Leaving Certificate Examination, 1905
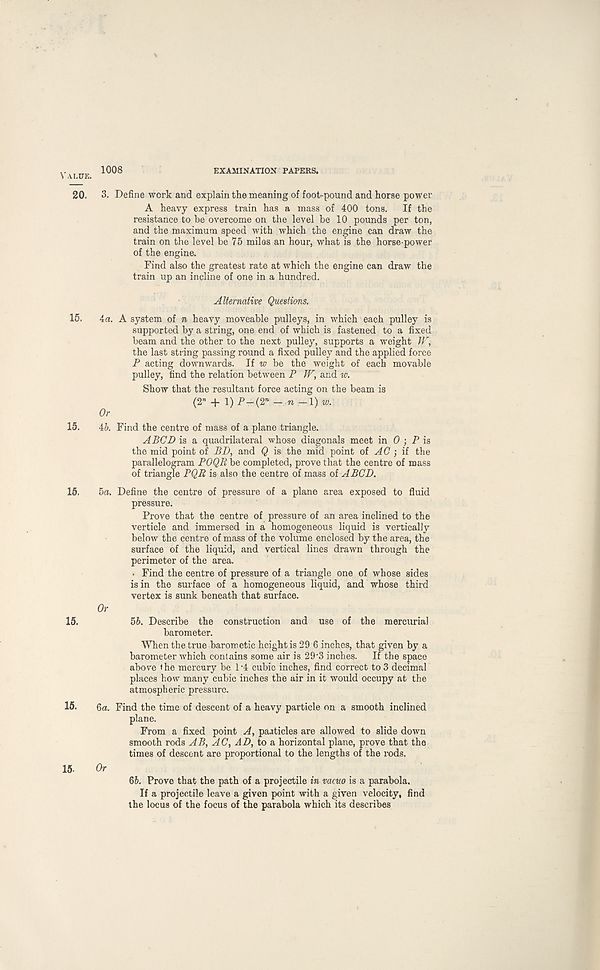
Value.
20.
15.
15.
15.
15.
15.
15.
1008
EXAMINATION PAPERS.
3. Define work and explain the meaning of foot-pound and horse power
A heavy express train has a mass of 400 tons. If the
resistance to be overcome on the level be 10 pounds per ton,
and the maximum speed with which the engine can draw the
train on the level be 75 miles an hour, what is the horse power
of the engine.
Find also the greatest rate at which the engine can draw the
train up an incline of one in a hundred.
Alternative Questions.
4a. A system of n heavy moveable pulleys, in which each pulley is
supported by a string, one end of which is fastened to a fixed
beam and the other to the next pulley, supports a weight W,
the last string passing round a fixed pulley and the applied force
P acting downwards. If w be the weight of each movable
pulley, find the relation between P W, and w.
Show that the resultant force acting on the beam is
(2» + l)P-(2»- «-!)«;.
Or
4b. Find the centre of mass of a plane triangle.
A BCD is a quadrilateral whose diagonals meet in 0 ; P is
the mid point of BD, and Q is the mid point of AC ; if the
parallelogram POQR be completed, prove that the centre of mass
of triangle PQB is also the centre of mass of A BCD.
5a. Define the centre of pressure of a plane area exposed to fluid
pressure.
Prove that the centre of pressure of an area inclined to the
verticle and immersed in a homogeneous liquid is vertically
below the centre of mass of the volume enclosed by the area, the
surface of the liquid, and vertical lines drawn through the
perimeter of the area.
• Find the centre of pressure of a triangle one of whose sides
is in the surface of a homogeneous liquid, and whose third
vertex is sunk beneath that surface.
Or 5b. Describe the construction and use of the mercurial
barometer.
When the true barometic height is 29 6 inches, that given by a
barometer which contains some air is 29 - 3 inches. If the space
above the mercury be 1' 4 cubic inches, find correct to 3 decimal
places how many cubic inches the air in it would occupy at the
atmospheric pressure.
6a. Find the time of descent of a heavy particle on a smooth inclined
plane.
From a fixed point A, paaticles are allowed to slide down
smooth rods AB, AC, AD, to a horizontal plane, prove that the
times of descent are proportional to the lengths of the rods.
Or 6J. Prove that the path of a projectile in vacuo is a parabola.
If a projectile leave a given point with a given velocity, find
the locus of the focus of the parabola which its describes